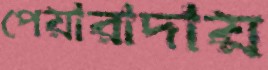
পেয়ারাদায়